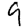
Digit: 9